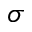
\sigma